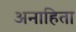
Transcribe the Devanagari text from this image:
अनाहिता